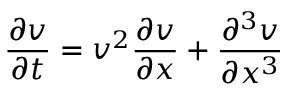
{ \frac { \partial v } { \partial t } } = v ^ { 2 } { \frac { \partial v } { \partial x } } + { \frac { \partial ^ { 3 } v } { \partial x ^ { 3 } } }